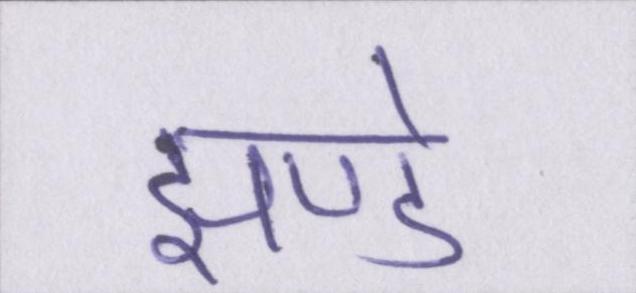
झण्डे